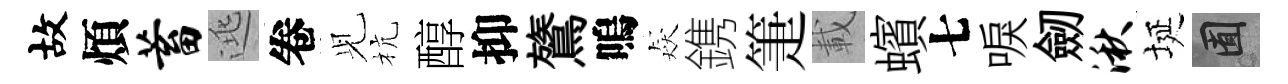
故煩蓄逃卷𫤗杭醇抑鷟嗚猋鎸箑載蠙七唳劒湫埏囿